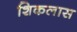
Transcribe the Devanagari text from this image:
शिकलास